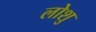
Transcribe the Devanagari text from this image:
लोशु